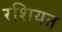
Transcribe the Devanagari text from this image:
रशियऩ